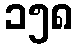
၁၅၈